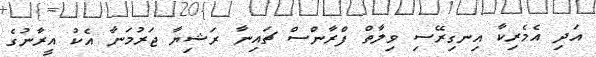
އަދި އެމެރިކާ އިނގިރޭސި ވިލާތް ފްރާންސް ޗައިނާ ރަޝިޔާ ޖަރުމަނާ އެކު އީރާނުގެ